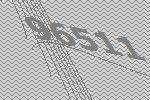
96511